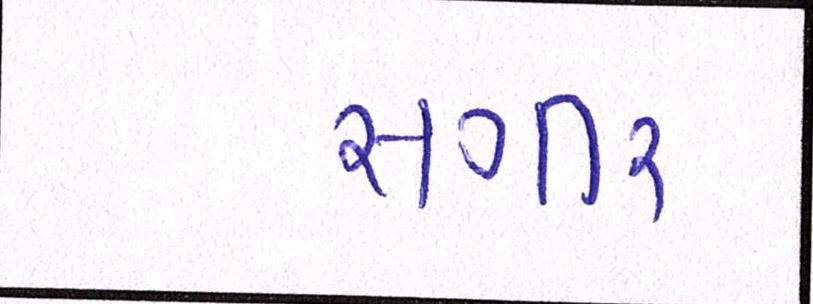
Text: સગીર